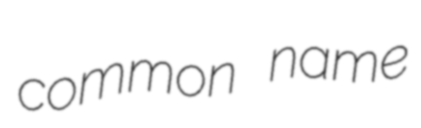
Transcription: common name